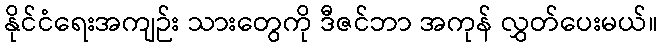
နိုင်ငံရေးအကျဉ်း သားတွေကို ဒီဇင်ဘာ အကုန် လွှတ်ပေးမယ်။